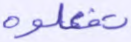
تفعلوه